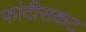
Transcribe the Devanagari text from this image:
फांदीसकट